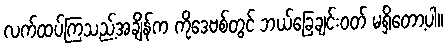
လက်ထပ်ကြသည့်အချိန်က ကိုဒေဗစ်တွင် ဘယ်ခြေချင်းဝတ် မရှိတော့ပါ။